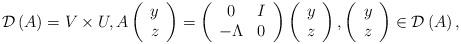
LaTeX: \begin{align*}\mathcal{D}\left( A\right) = V \times U,A\left(\begin{array}[c]{c}y\\z\end{array}\right) =\left(\begin{array}[c]{cc}0 & I\\-\Lambda & 0\end{array}\right) \left(\begin{array}[c]{c}y\\z\end{array}\right) ,\left(\begin{array}[c]{c}y\\z\end{array}\right) \in\mathcal{D}\left( A\right),\end{align*}